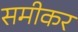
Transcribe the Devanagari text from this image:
समीकर